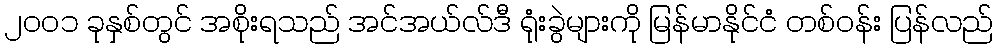
၂၀၀၁ ခုနှစ်တွင် အစိုးရသည် အင်အယ်လ်ဒီ ရုံးခွဲများကို မြန်မာနိုင်ငံ တစ်ဝန်း ပြန်လည်